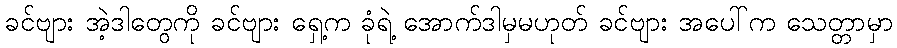
ခင်ဗျား အဲ့ဒါတွေကို ခင်ဗျား ရှေ့က ခုံရဲ့ အောက်ဒါမှမဟုတ် ခင်ဗျား အပေါ်က သေတ္တာမှာ